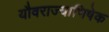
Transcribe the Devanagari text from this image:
यौवराज्याभिषेक